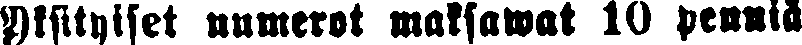
Yksityiset numerot maksawat 10 penniä